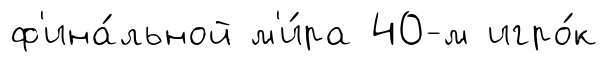
ф'ина́льной м'и́ра 40-м игро́к